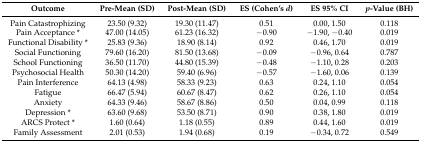
| Outcome | Pre-Mean (SD) | Post-Mean (SD) | ES (Cohen’s d) | ES 95% CI | p-Value (BH) |
 | --- | --- | --- | --- | --- | --- |
 | Pain Catastrophizing | 23.50 (9.32) | 19.30 (11.47) | 0.51 | 0.00, 1.50 | 0.118 |
 | Pain Acceptance * | 47.00 (14.05) | 61.23 (16.32) | −0.90 | −1.90, −0.40 | 0.019 |
 | Functional Disability * | 25.83 (9.36) | 18.90 (8.14) | 0.92 | 0.46, 1.70 | 0.019 |
 | Social Functioning | 79.60 (16.20) | 81.50 (13.68) | −0.09 | −0.96, 0.64 | 0.787 |
 | School Functioning | 36.50 (11.70) | 44.80 (15.39) | −0.48 | −1.10, 0.28 | 0.203 |
 | Psychosocial Health | 50.30 (14.20) | 59.40 (6.96) | −0.57 | −1.60, 0.06 | 0.139 |
 | Pain Interference | 64.13 (4.98) | 58.33 (9.23) | 0.63 | 0.24, 1.10 | 0.054 |
 | Fatigue | 66.47 (5.94) | 60.67 (8.47) | 0.62 | 0.26, 1.10 | 0.054 |
 | Anxiety | 64.33 (9.46) | 58.67 (8.86) | 0.50 | 0.04, 0.99 | 0.118 |
 | Depression * | 63.60 (9.68) | 53.50 (8.71) | 0.90 | 0.38, 1.80 | 0.019 |
 | ARCS Protect * | 1.60 (0.64) | 1.18 (0.55) | 0.89 | 0.44, 1.60 | 0.019 |
 | Family Assessment | 2.01 (0.53) | 1.94 (0.68) | 0.19 | −0.34, 0.72 | 0.549 |